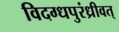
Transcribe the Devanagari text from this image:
विदग्धपुरंध्रीवत्